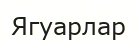
Ягуарлар